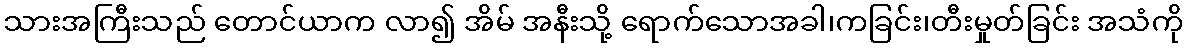
သားအကြီးသည် တောင်ယာက လာ၍ အိမ် အနီးသို့ ရောက်သောအခါ၊ကခြင်း၊တီးမှုတ်ခြင်း အသံကို